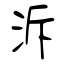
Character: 泝